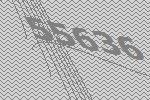
55636